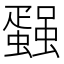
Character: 𰳢